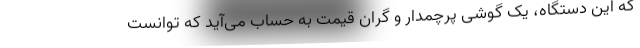
که این دستگاه، یک گوشی پرچمدار و گران قیمت به حساب می‌آید که توانست